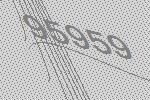
95959